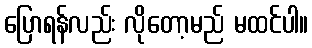
ပြောရန်လည်း လိုတော့မည် မထင်ပါ။